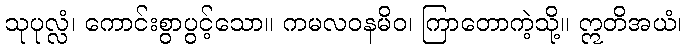
သုပုလ္လံ၊ ကောင်းစွာပွင့်သော။ ကမလဝနမိဝ၊ ကြာတောကဲ့သို့။ ဣတိအယံ၊